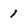
Character: 1